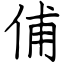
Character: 俌